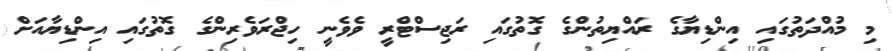
މި މުއްދަތުގައި އިންޑިޔާގެ ރައްޔިތުންގެ ގޮތުގައި ރަޖިސްޓްރީ ވެވެނީ ހިޖްރަވެރިންގެ ގޮތުގައި އިންޑިޔާއަށް